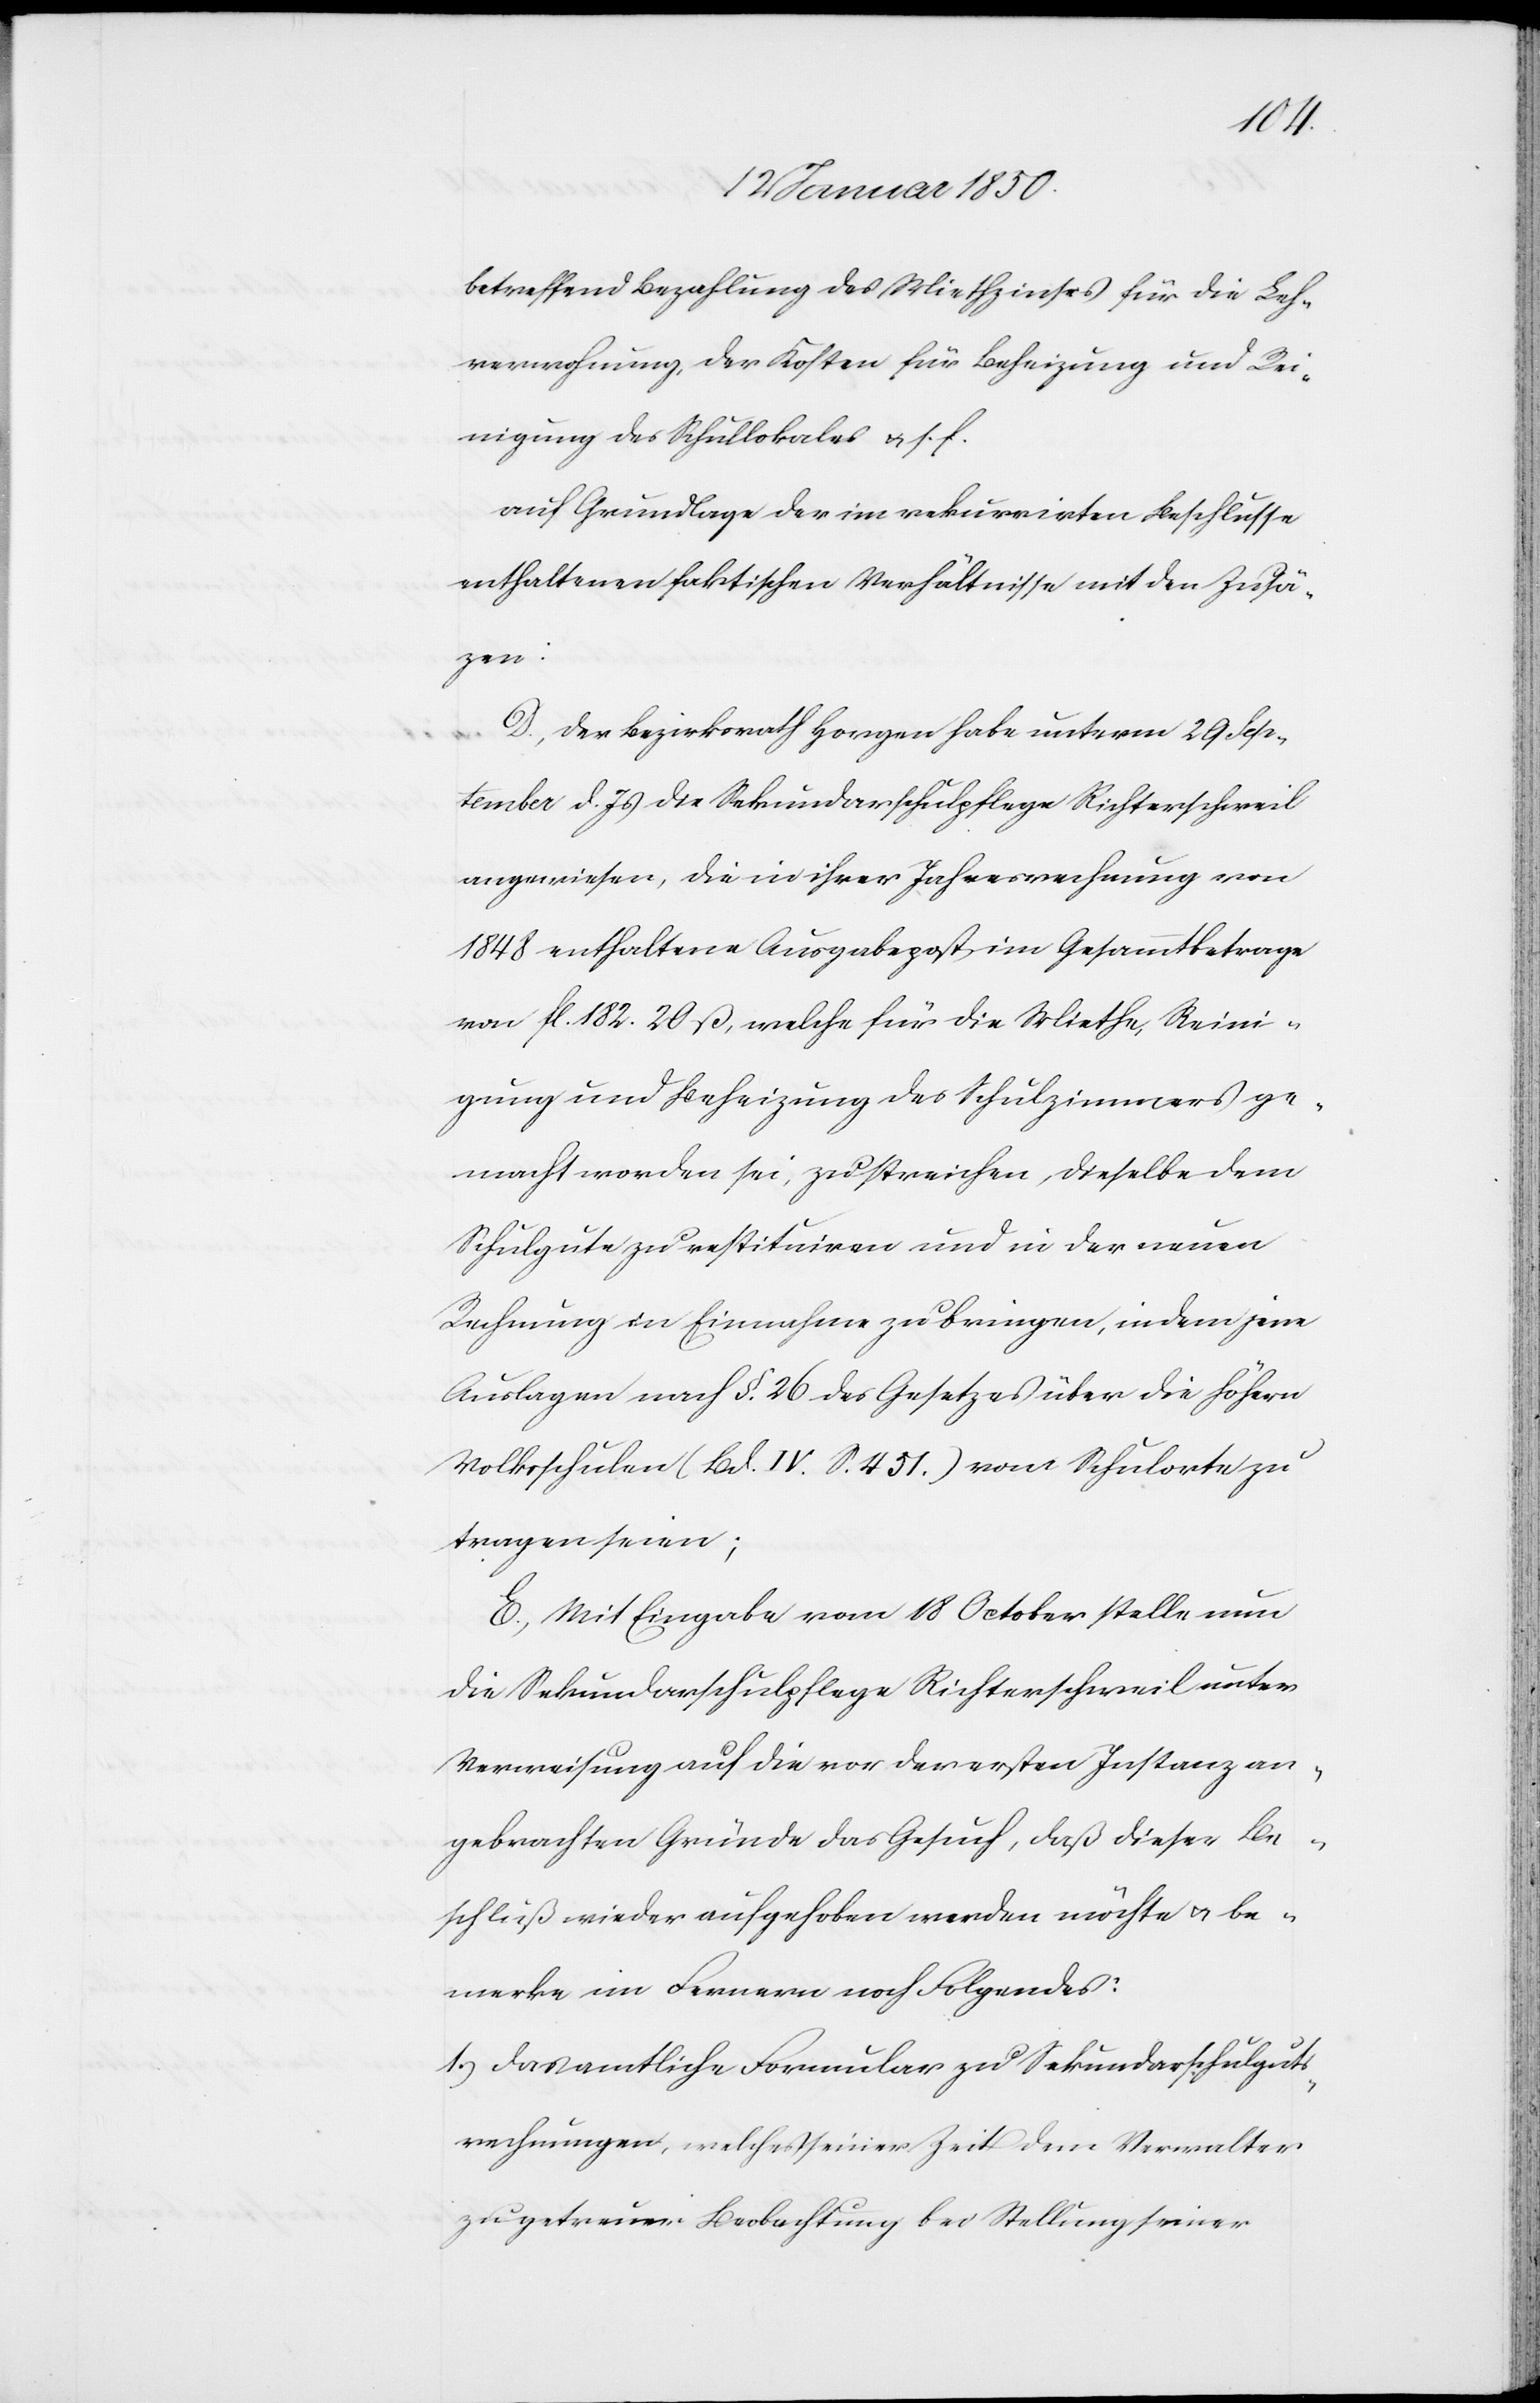
betreffend Bezahlung des Miethzinses für die Leh¬
rerwohnung, der Kosten für Beheizung und Rei¬
nigung des Schullokales u. s. f.
auf Grundlage der im rekurrirten Beschlusse
enthaltenen faktischen Verhältnisse mit den Zusät¬
zen:
D., der Bezirksrath Horgen habe unterm 29 Sep¬
tember d. Js die Sekundarschulpflege Richterschweil
angewiesen, die in ihrer Jahresrechnung von
1848 enthaltene Ausgabepost im Gesammtbetrage
von fl. 182. 20 ß, welche für die Miethe, Reini¬
gung und Beheizung des Schulzimmers ge¬
macht worden sei, zu streichen, dieselbe dem
Schulgute zu restituiren und in der neuen
Rechnung in Einnahme zu bringen, indem jene
Auslagen nach §. 26 des Gesetzes über die höhern
Volksschulen (Bd. IV. S. 451.) vom Schulorte zu
tragen seien;
E., Mit Eingabe vom 18 October stelle nun
die Sekundarschulpflege Richterschweil unter
Verweisung auf die vor der ersten Instanz an¬
gebrachten Gründe das Gesuch, daß dieser Be¬
schluß wieder aufgehoben werden möchte u. be¬
merke im Fernern noch Folgendes:
1. Das amtliche Formular zu Sekundarschulguts¬
rechnungen, welches seiner Zeit dem Verwalter
zu getreuer Beobachtung bei Stellung seiner